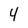
Character: 4